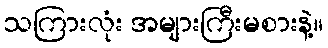
သကြားလုံး အများကြီးမစားနဲ့။